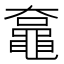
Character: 𪓡